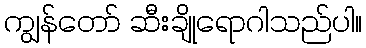
ကျွန်တော် ဆီးချိုရောဂါသည်ပါ။